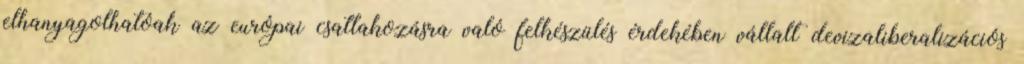
elhanyagolhatóak az európai csatlakozásra való felkészülés érdekében vállalt devizaliberalizációs